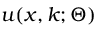
u ( \boldsymbol { x } , \boldsymbol { k } ; \Theta )